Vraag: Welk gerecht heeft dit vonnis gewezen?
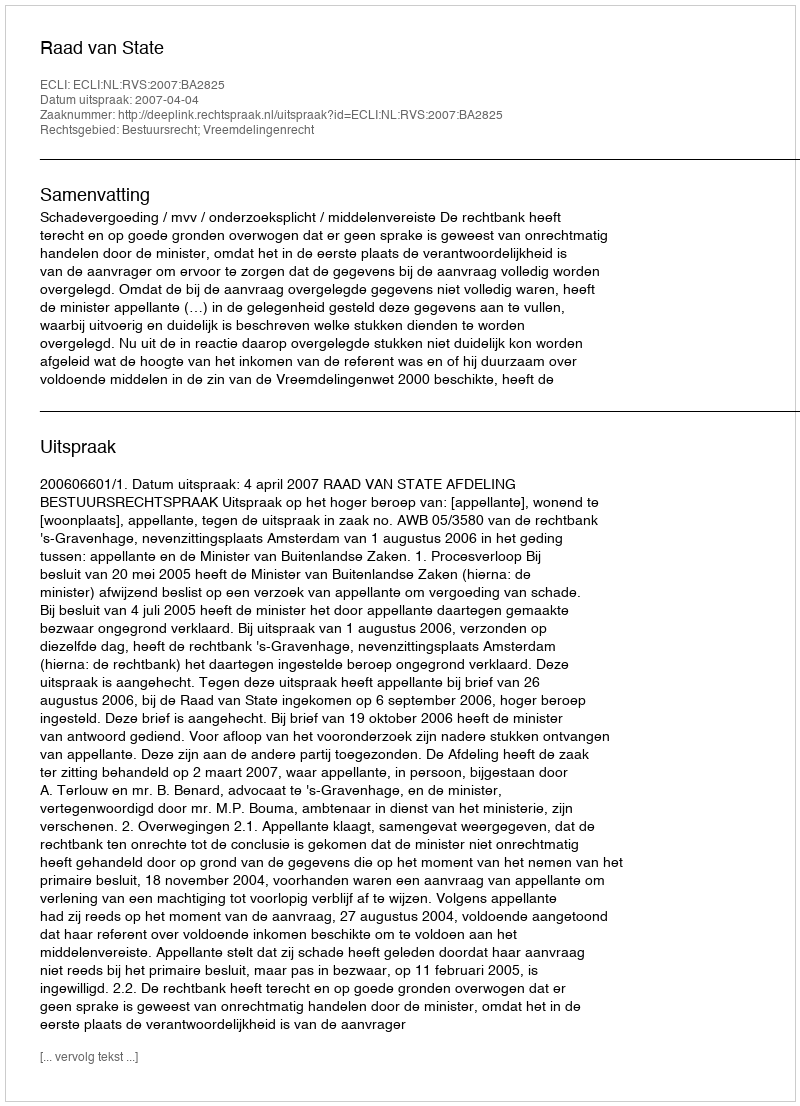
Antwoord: Raad van State